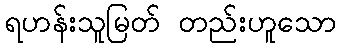
ရဟန်းသူမြတ် တည်းဟူသော